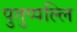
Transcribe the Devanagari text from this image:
पुतुप्पल्लि